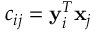
c _ { i j } = \mathbf { y } _ { i } ^ { T } \mathbf { x } _ { j }